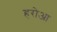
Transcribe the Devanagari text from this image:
हरोआ